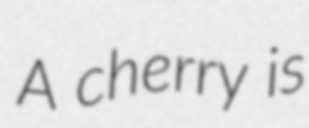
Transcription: A cherry is